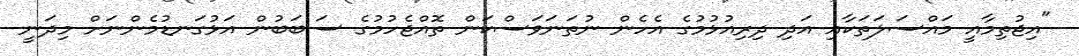
"އިޖުތިމާއީ މައްސަލަތަކާއި އަދި ދިރިއުޅުމުގެ އެހެން ނުތަނަވަސްކަން ތޮއްޖެހުމުގެ ސަބަބުން އަޅުގަނޑުމެންނަށް މިދަނީ